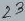
Text: 23